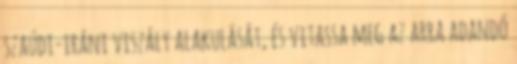
szaúdi-iráni viszály alakulását, és vitassa meg az arra adandó